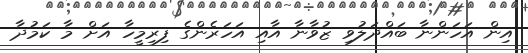
އިން އަހަންނާ ބައްދަލުވި ޒުވާނާ އާއި އަހަރެންގެ ފިރިމީހާ އަށް މާ ކަމުދާ